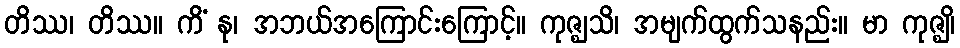
တိဿ၊ တိဿ။ ကိံ နု၊ အဘယ်အကြောင်းကြောင့်။ ကုဇ္ဈသိ၊ အမျက်ထွက်သနည်း။ မာ ကုဇ္ဈိ၊